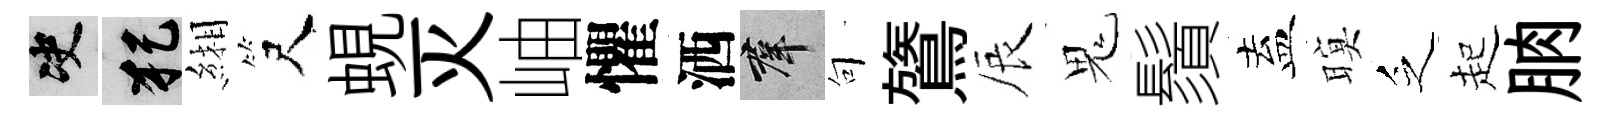
决犯緗尺蜆灭岫懼洒群句鷟辰鬼鬚盍暝乏起朒